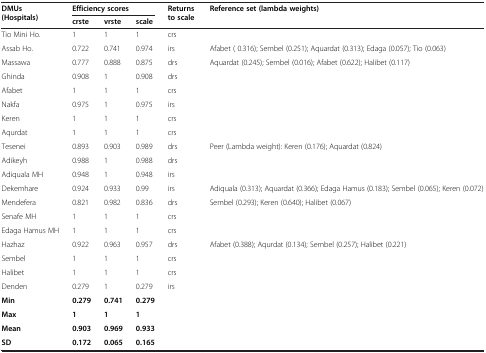
<table><thead><tr><td><b>DMUs (Hospitals)</b></td><td colspan="3"><b>Efficiency scores</b></td><td><b>Returns to scale</b></td><td><b>Reference set (lambda weights)</b></td></tr><tr><td><b> </b></td><td><b>crste</b></td><td><b>vrste</b></td><td><b>scale</b></td><td><b> </b></td><td><b> </b></td></tr></thead><tbody><tr><td>Tio Mini Ho.</td><td>1</td><td>1</td><td>1</td><td>crs</td><td> </td></tr><tr><td>Assab Ho.</td><td>0.722</td><td>0.741</td><td>0.974</td><td>irs</td><td>Afabet ( 0.316); Sembel (0.251); Aquardat (0.313); Edaga (0.057); Tio (0.063)</td></tr><tr><td>Massawa</td><td>0.777</td><td>0.888</td><td>0.875</td><td>drs</td><td>Aquardat (0.245); Sembel (0.016); Afabet (0.622); Halibet (0.117)</td></tr><tr><td>Ghinda</td><td>0.908</td><td>1</td><td>0.908</td><td>drs</td><td> </td></tr><tr><td>Afabet</td><td>1</td><td>1</td><td>1</td><td>crs</td><td> </td></tr><tr><td>Nakfa</td><td>0.975</td><td>1</td><td>0.975</td><td>irs</td><td> </td></tr><tr><td>Keren</td><td>1</td><td>1</td><td>1</td><td>crs</td><td> </td></tr><tr><td>Aqurdat</td><td>1</td><td>1</td><td>1</td><td>crs</td><td> </td></tr><tr><td>Tesenei</td><td>0.893</td><td>0.903</td><td>0.989</td><td>drs</td><td>Peer (Lambda weight): Keren (0.176); Aquardat (0.824)</td></tr><tr><td>Adikeyh</td><td>0.988</td><td>1</td><td>0.988</td><td>drs</td><td> </td></tr><tr><td>Adiquala MH</td><td>0.948</td><td>1</td><td>0.948</td><td>irs</td><td> </td></tr><tr><td>Dekemhare</td><td>0.924</td><td>0.933</td><td>0.99</td><td>irs</td><td>Adiquala (0.313); Aquardat (0.366); Edaga Hamus (0.183); Sembel (0.065); Keren (0.072)</td></tr><tr><td>Mendefera</td><td>0.821</td><td>0.982</td><td>0.836</td><td>drs</td><td>Sembel (0.293); Keren (0.640); Halibet (0.067)</td></tr><tr><td>Senafe MH</td><td>1</td><td>1</td><td>1</td><td>crs</td><td> </td></tr><tr><td>Edaga Hamus MH</td><td>1</td><td>1</td><td>1</td><td>crs</td><td> </td></tr><tr><td>Hazhaz</td><td>0.922</td><td>0.963</td><td>0.957</td><td>drs</td><td>Afabet (0.388); Aqurdat (0.134); Sembel (0.257); Halibet (0.221)</td></tr><tr><td>Sembel</td><td>1</td><td>1</td><td>1</td><td>crs</td><td> </td></tr><tr><td>Halibet</td><td>1</td><td>1</td><td>1</td><td>crs</td><td> </td></tr><tr><td>Denden</td><td>0.279</td><td>1</td><td>0.279</td><td>irs</td><td> </td></tr><tr><td><b>Min</b></td><td><b>0.279</b></td><td><b>0.741</b></td><td><b>0.279</b></td><td> </td><td> </td></tr><tr><td><b>Max</b></td><td><b>1</b></td><td><b>1</b></td><td><b>1</b></td><td> </td><td> </td></tr><tr><td><b>Mean</b></td><td><b>0.903</b></td><td><b>0.969</b></td><td><b>0.933</b></td><td> </td><td> </td></tr><tr><td><b>SD</b></td><td><b>0.172</b></td><td><b>0.065</b></td><td><b>0.165</b></td><td> </td><td> </td></tr></tbody></table>